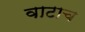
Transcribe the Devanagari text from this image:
वाटाच